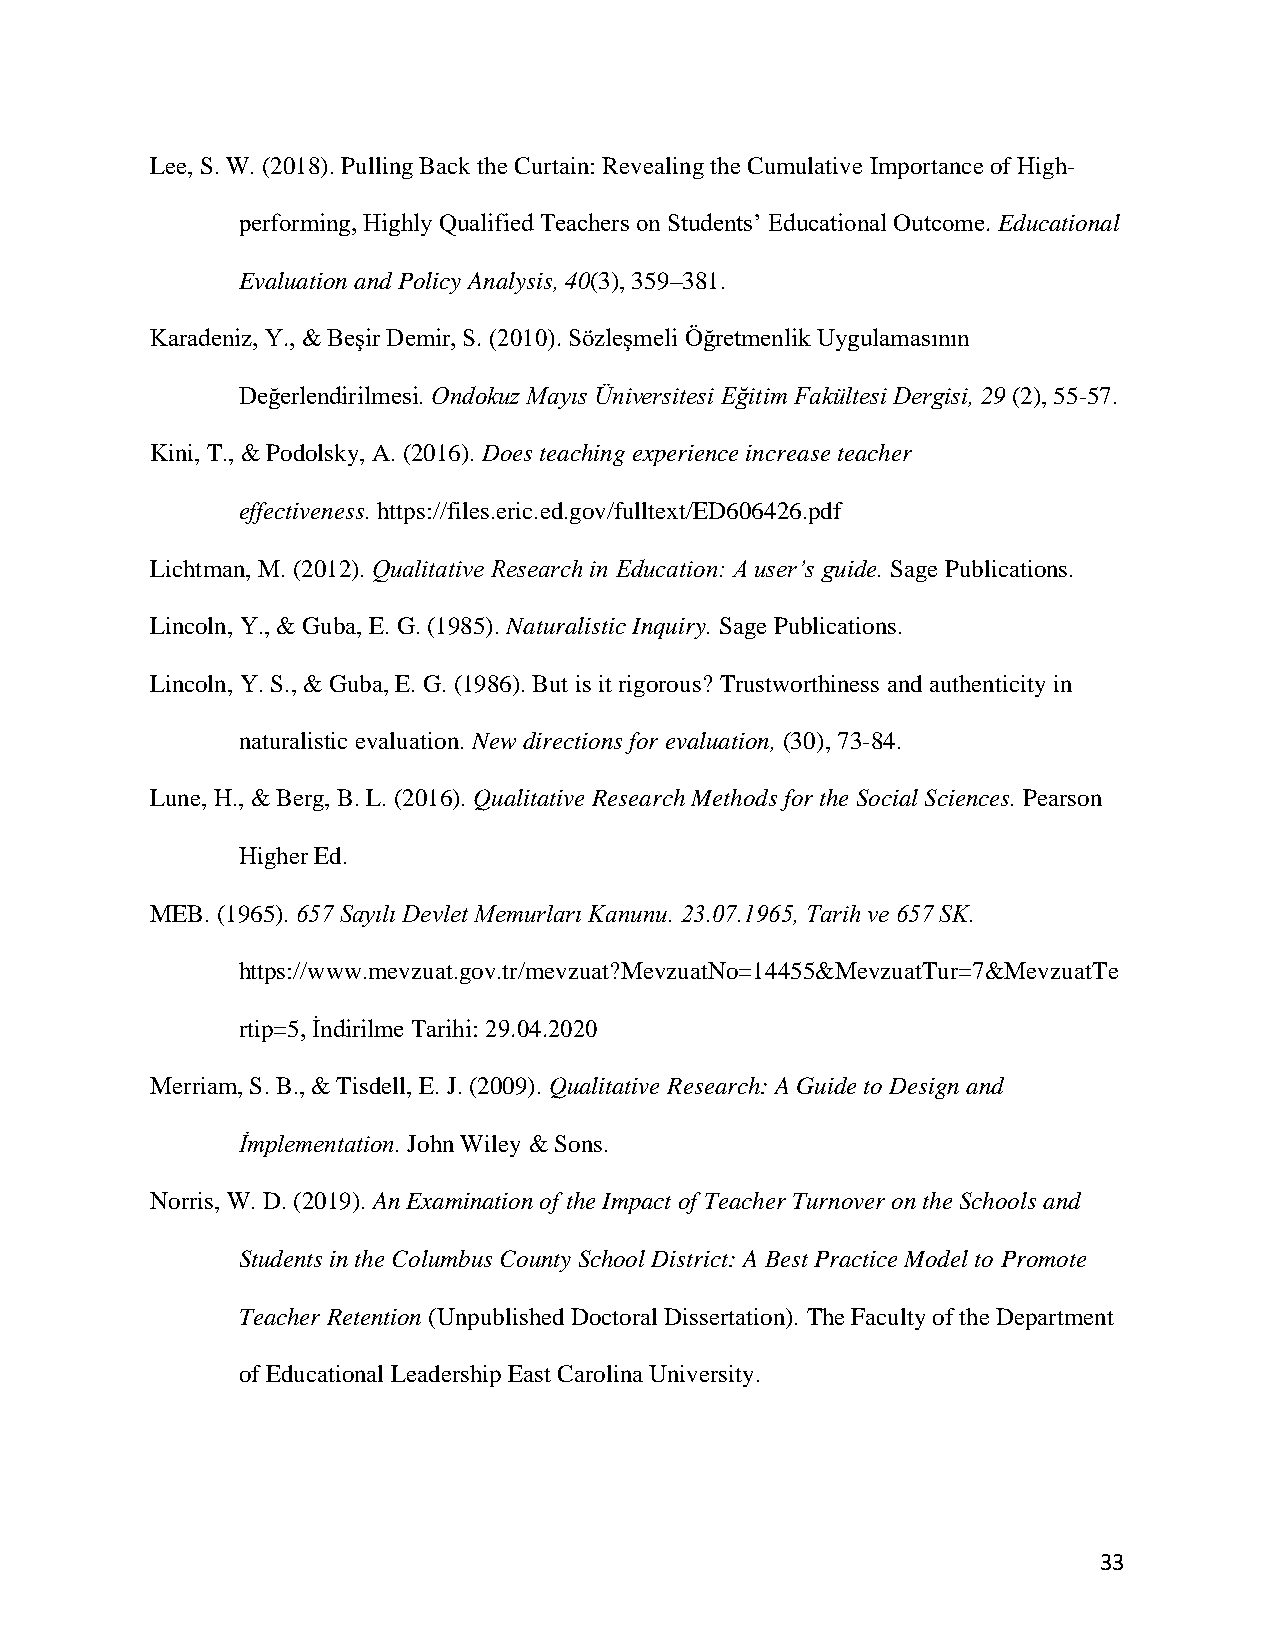
Lee, S. W. (2018). Pulling Back the Curtain: Revealing the Cumulative Importance of High-
 performing, Highly Qualified Teachers on Students’ Educational Outcome. Educational
 Evaluation and Policy Analysis, 40(3), 359–381.
 Karadeniz, Y., & Beşir Demir, S. (2010). Sözleşmeli Öğretmenlik Uygulamasının
 Değerlendirilmesi. Ondokuz Mayıs Üniversitesi Eğitim Fakültesi Dergisi, 29 (2), 55-57.
 Kini, T., & Podolsky, A. (2016). Does teaching experience increase teacher
 effectiveness. https://files.eric.ed.gov/fulltext/ED606426.pdf
 Lichtman, M. (2012). Qualitative Research in Education: A user’s guide. Sage Publications.
 Lincoln, Y., & Guba, E. G. (1985). Naturalistic Inquiry. Sage Publications.
 Lincoln, Y. S., & Guba, E. G. (1986). But is it rigorous? Trustworthiness and authenticity in
 naturalistic evaluation. New directions for evaluation, (30), 73-84.
 Lune, H., & Berg, B. L. (2016). Qualitative Research Methods for the Social Sciences. Pearson
 Higher Ed.
 MEB. (1965). 657 Sayılı Devlet Memurları Kanunu. 23.07.1965, Tarih ve 657 SK.
 https://www.mevzuat.gov.tr/mevzuat?MevzuatNo=14455&MevzuatTur=7&MevzuatTe
 rtip=5, İndirilme Tarihi: 29.04.2020
 Merriam, S. B., & Tisdell, E. J. (2009). Qualitative Research: A Guide to Design and
 İmplementation. John Wiley & Sons.
 Norris, W. D. (2019). An Examination of the Impact of Teacher Turnover on the Schools and
 Students in the Columbus County School District: A Best Practice Model to Promote
 Teacher Retention (Unpublished Doctoral Dissertation). The Faculty of the Department
 of Educational Leadership East Carolina University.
 33